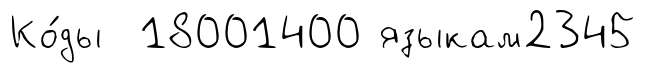
Ко́ды 18001400 языкам2345